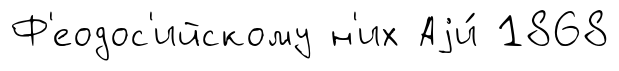
Ф'еодос'ийскому н'их Аjи́ 1868